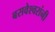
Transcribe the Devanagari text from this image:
बसवेश्वरांनी